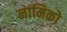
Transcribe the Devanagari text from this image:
नामिको